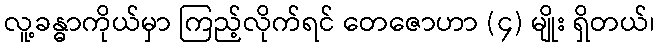
လူ့ခန္ဓာကိုယ်မှာ ကြည့်လိုက်ရင် တေဇောဟာ (၄) မျိုး ရှိတယ်၊